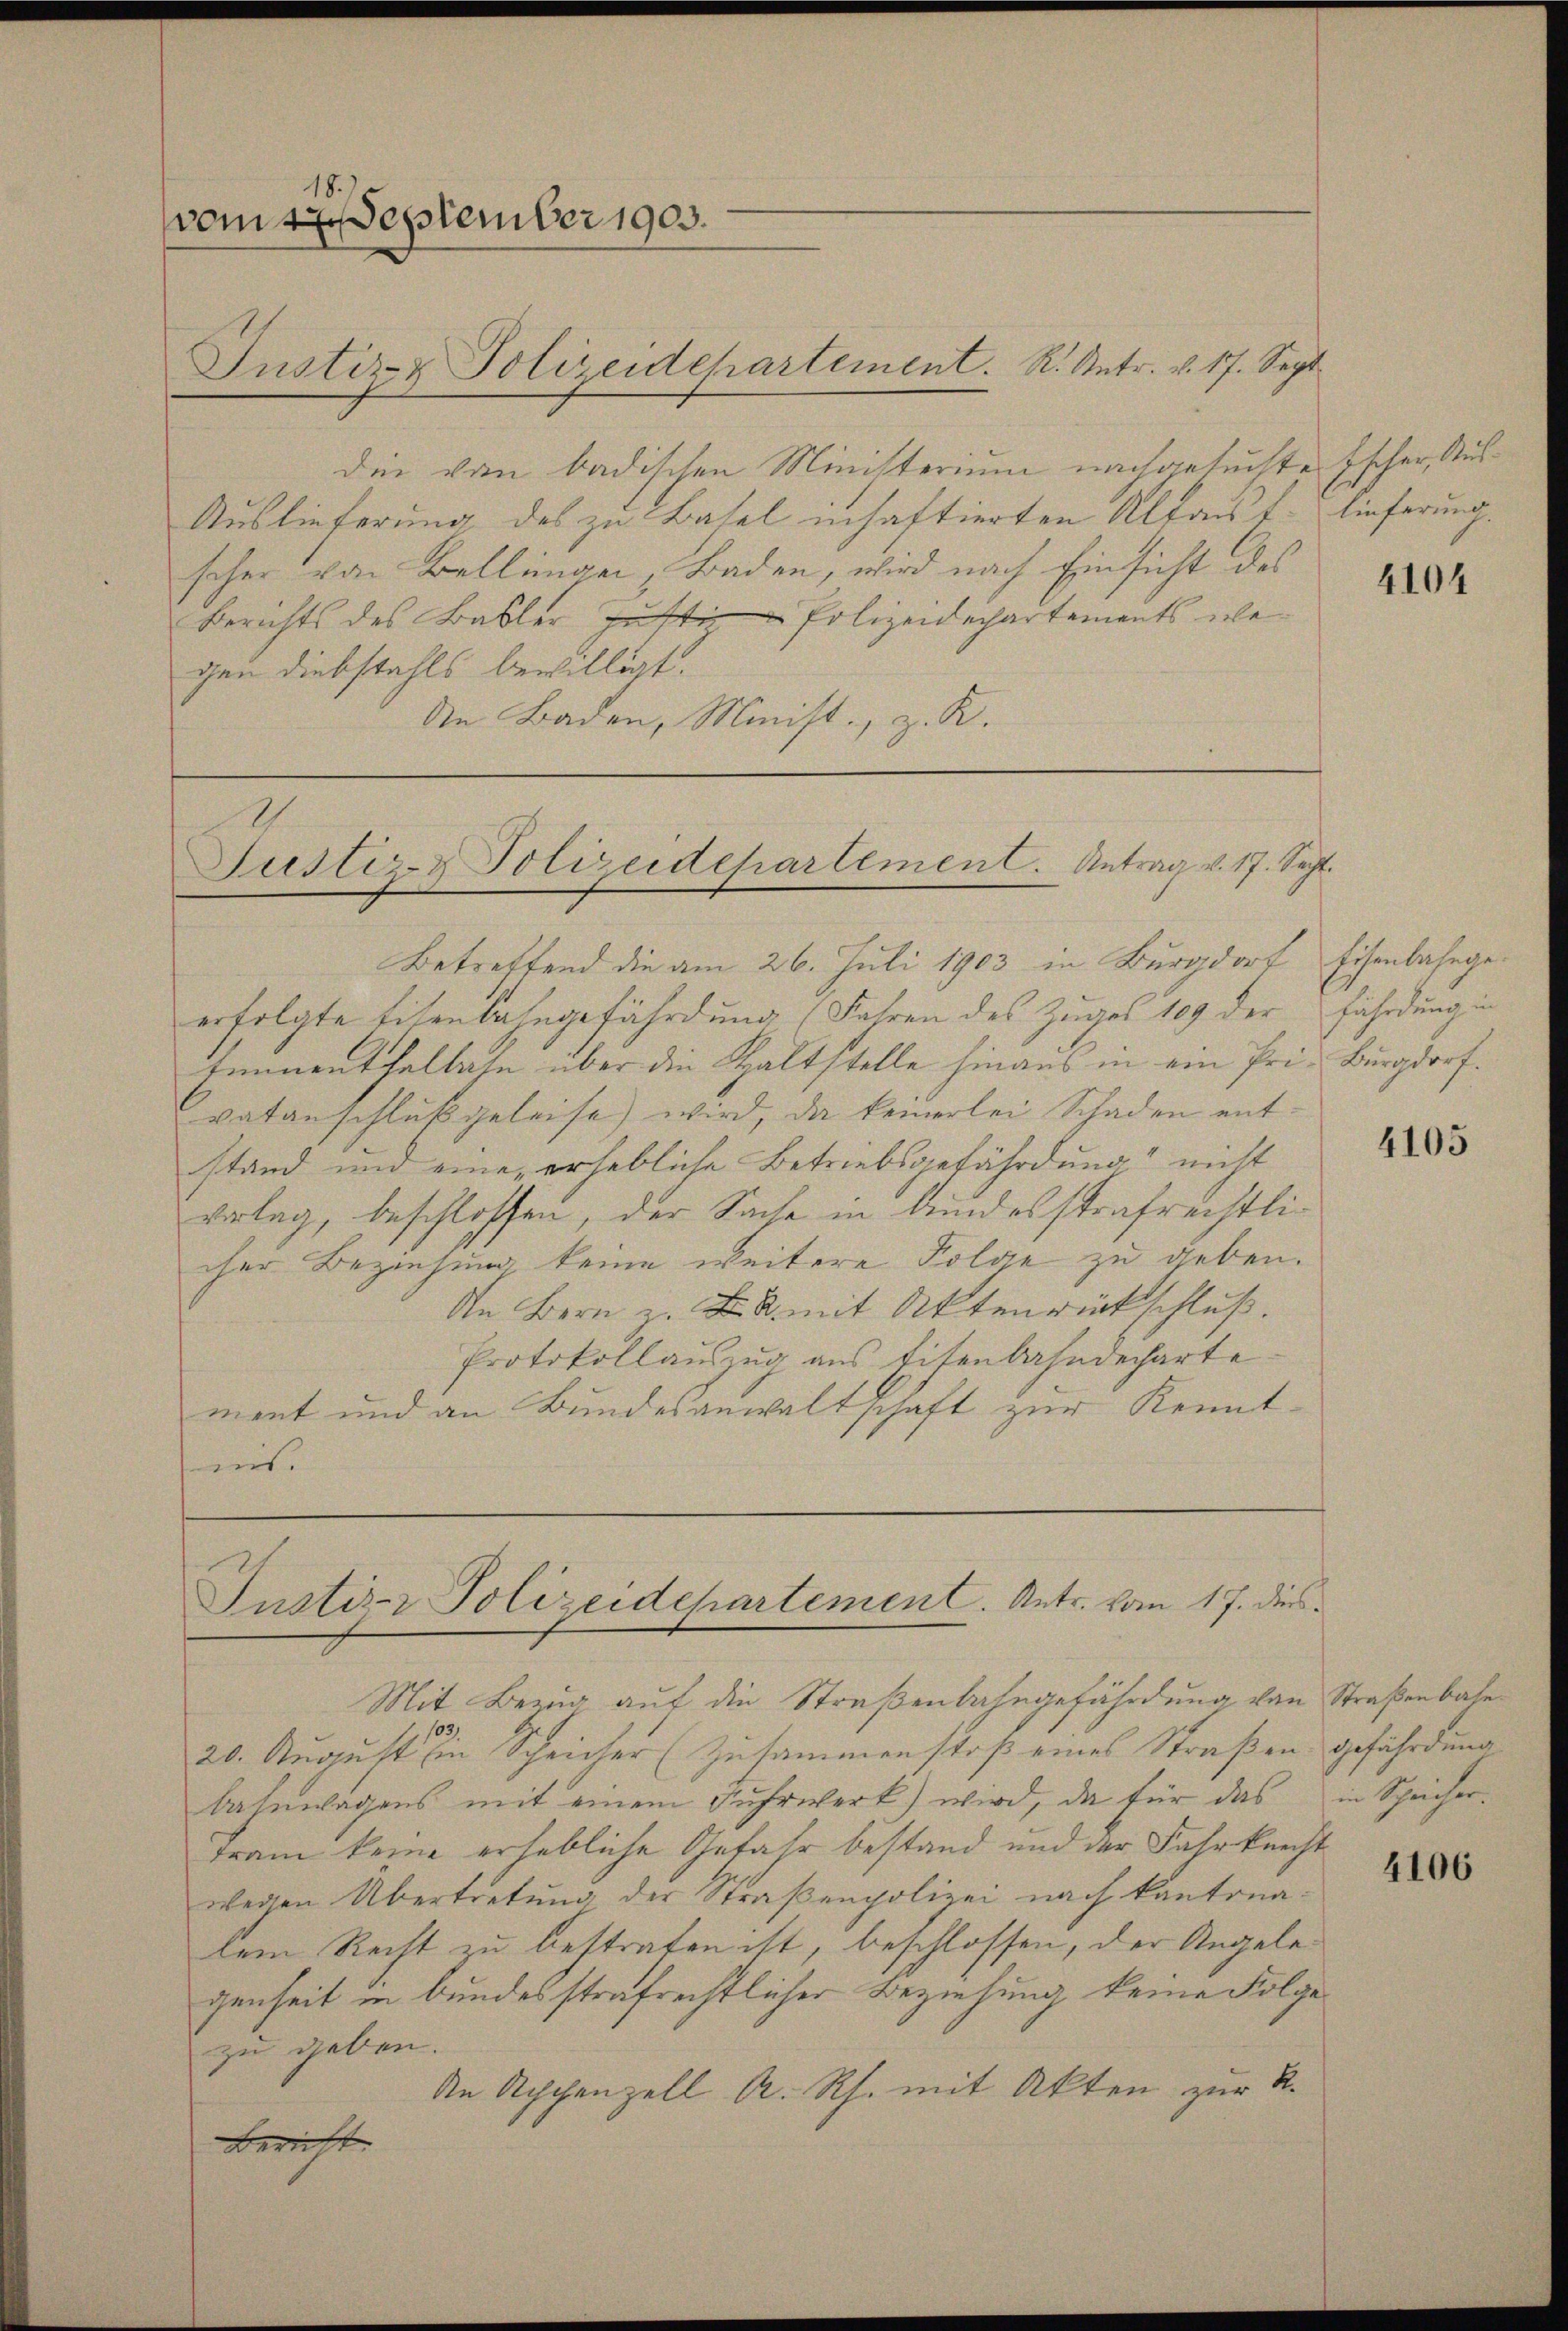
vom 1te͇n September 1903.

die von badischen Ministerium nachgesuchte Escher, Rus¬
Auslieferung des zu Basel inhaftierten Altaus f. lieferung.
scher von Bellingen, Baden, wird nach Einsicht des
Berichts des Babler Justi - Polizeidechartements übe
gen diebstahls bewilligt.
die Baden, Minist., z. K.

Betreffend die am 26. Juli 1903 in Burgdorf Eisenbahngeerfolgte Eisenbahngefährdung (Fahren des Zuges 109 der fährdung in
Emmenthaltete über die Haltstelle hinaus in ein Pri- Burgdorfvatanschluß geleise) wird, da keinerlei Schaden entstand und eine erhebliche Betriebsgefährdung“ nicht
vorlag, beschlossen, der Sache in bundesstrafrechtlicher Beziehung keine weitere Folge zu geben.
In Bern z. B. mit Aktenrückschluß.
Protokollauszug aus titenbahndecharte
ment und an Bundesanwaltschaft zur Kennteert.

Instiz- & Polizeidehartement. R. Antr. v. 17. Sept

Justiz- & Polizeidehartement. Antrag v. 17. Sep

Justiz- & Polizeidehartement. Antr. vom 17. dies
Mit Bezug auf die Straßenbahngefährdung von Straßenbahn

103.
20. August in Scheicher (Zusammenstoß eines Straßen gefährdung
Bahnwagens mit einem Fuhrwerk) wird, da für das
tram keine erhebliche Gefahr bestand und der Fahrknecht
wegen Übertretung der Straßenpolizei nach kantonalem Recht zu bestrafen ist, beschlossen, der Angelegenheit in bundesstrafrechtlicher Beziehung keine Folge
zu geben.
An Achchenzell A. Rh. mit Akten zur R.
Bericht.

4104

4105

in Schreicher.

4106